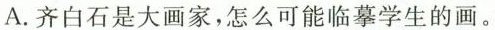
A.齐白石是大画家，怎么可能临摹学生的画。